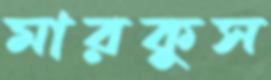
মারকুস